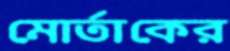
মোর্তাকের